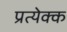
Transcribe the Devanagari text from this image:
प्रत्येक्क